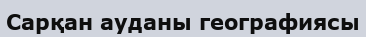
Сарқан ауданы географиясы